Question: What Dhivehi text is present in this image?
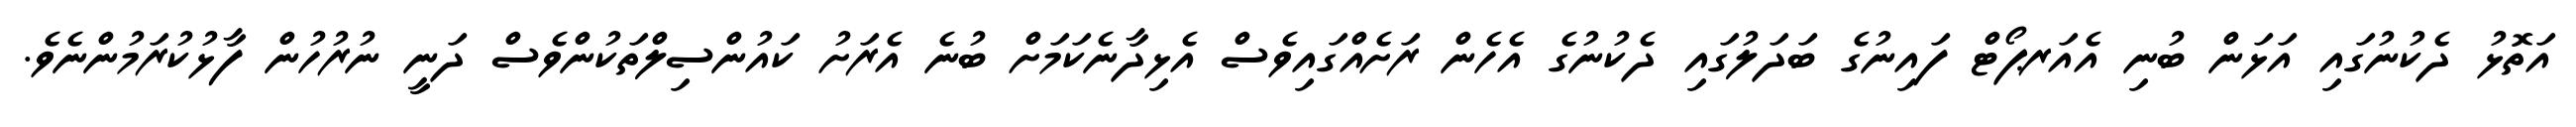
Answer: އަތޮޅު ދެކުނުގައި އަޅަން ބުނި އެއަރޕޯޓް ފައިނުގެ ބަދަލުގައި ދެކުނުގެ އެހެން ރަށެއްގައިވެސް އެޅިދާނެކަމަށް ބުނެ އެރަށު ކައުންސިލްތަކުންވެސް ދަނީ ނުރުހުން ފާޅުކުރަމުންނެވެ.